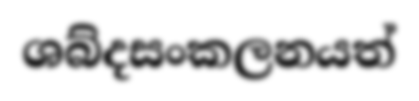
ශබ්දසංකලනයත්